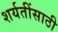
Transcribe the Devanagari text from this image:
शर्यतींसाठी